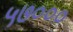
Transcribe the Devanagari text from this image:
५७०००